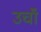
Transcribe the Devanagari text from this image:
उचॉं